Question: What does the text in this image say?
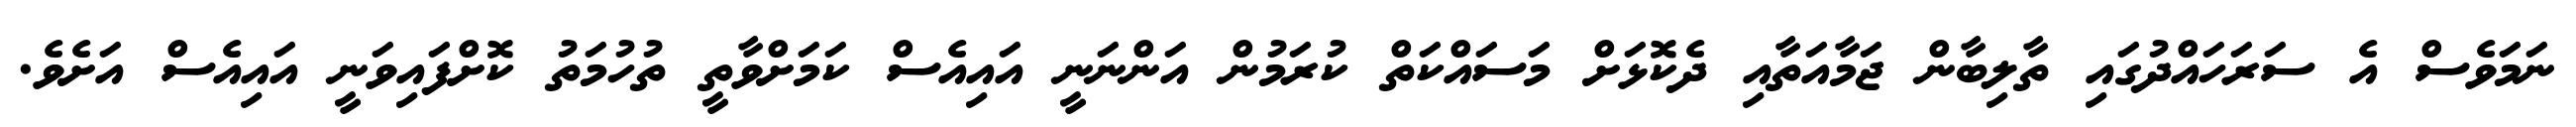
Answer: ނަމަވެސް އެ ސަރަހައްދުގައި ތާލިބާން ޖަމާއަތާއި ދެކޮޅަށް މަސައްކަތް ކުރަމުން އަންނަނީ އައިއެސް ކަމަށްވާތީ ތުހުމަތު ކޮށްފައިވަނީ އައިއެސް އަށެވެ.